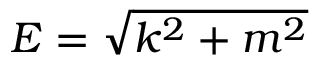
E = { \sqrt { k ^ { 2 } + m ^ { 2 } } }